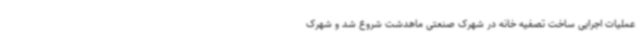
عملیات اجرایی ساخت تصفیه خانه در شهرک صنعتی ماهدشت شروع شد و شهرک